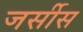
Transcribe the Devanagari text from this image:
जर्सीस